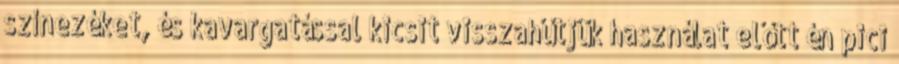
színezéket, és kavargatással kicsit visszahűtjük használat előtt én pici